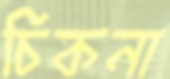
চিকনা